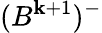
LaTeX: (B^{\mathbf{k}+1})^{-}